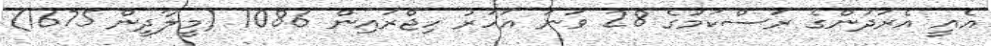
އެއީ އެރަދުންގެ ރަސްކަމުގެ 28 ވަނަ އަހަރު ހިޖްރައިން 1086 (މީލާދީން 1675)